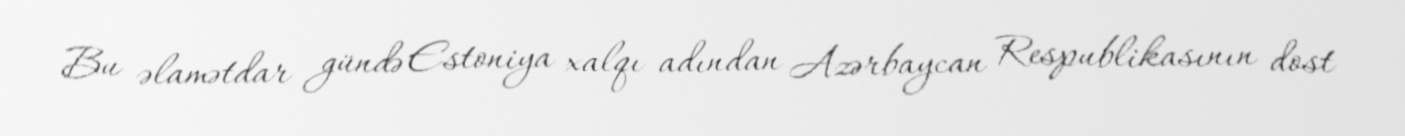
Bu əlamətdar gündə Estoniya xalqı adından Azərbaycan Respublikasının dost